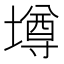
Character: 墫